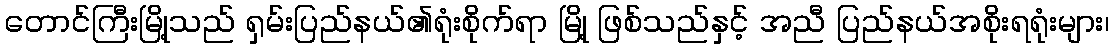
တောင်ကြီးမြို့သည် ရှမ်းပြည်နယ်၏ရုံးစိုက်ရာ မြို့ ဖြစ်သည်နှင့် အညီ ပြည်နယ်အစိုးရရုံးများ၊